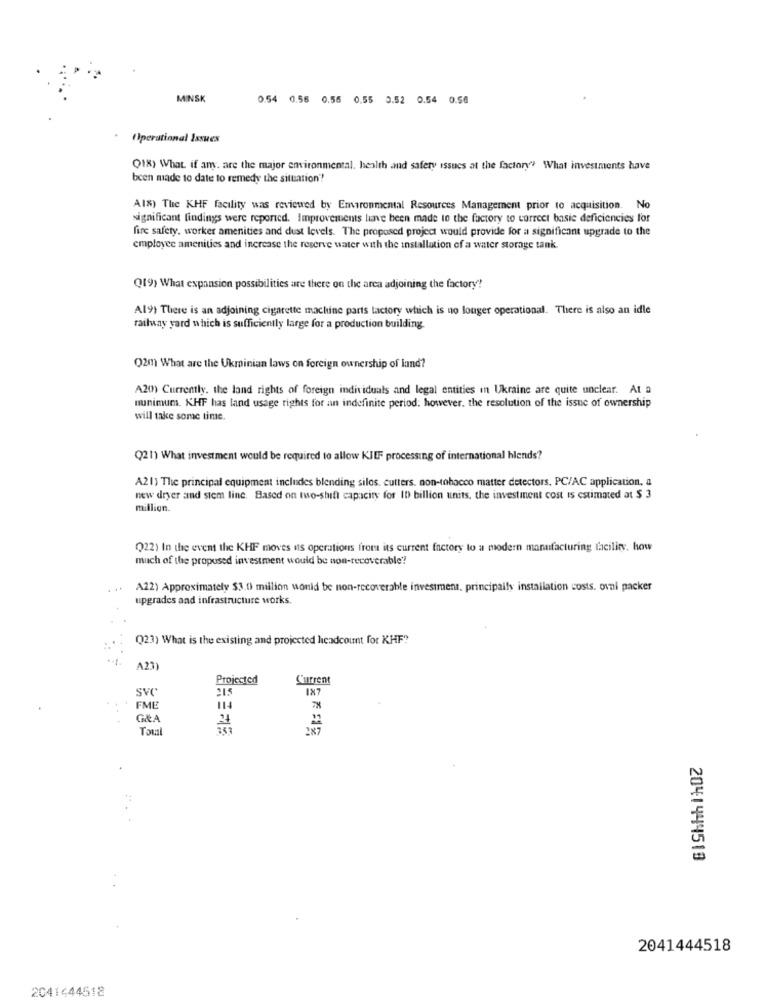
MINSK
0.54 0.56 0.55 0.55 0.52 0.54 0.56
Operational Issues
Q18) What if any, are the major environmental, health and safety issues at the factory"? What investments have
been made to date to remedy the situation"?
Als) The KHF facility was reviewed by Emaronmental Resources Management prior to acquisition. No
significant findings were reported. Improvements have been made to the factory to correct basic deficiencies for
fire safety, worker amenities and dust levels. The proposed project would provide for a significant upgrade to the
employee amenities and increase the reserve water with the installation of a water storage tank
Q(9) What expansion possibilities are there on the area adjoining the factory?
Al9) There is an adjoining cigarette machine parts lactory which is no longer operational. There is also an idle
railway yard which is sufficiently large for a production building.
Q2m) What are the Ukrainian laws on foreign ownership of land?
A20) Currently. the land rights of foreign individuals and legal entities in Ukraine are quite unclear. At a
nunimum. KHF has land usage rights for an indefinite period; however, the resolution of the issue of ownership
will take some time.
Q21) What investment would be required to allow KJIF processing of international hlends?
A21) The principal equipment includes blending silos. cutters. non-tobacco matter detectors, PC/AC application, a
new dryer and stem line. Based on two-shift capacity for ID billion units, the investment cost is estimated at $ 3
million.
Q22) In the event the KHF moves us operations from its current factory to a modern manufacturing facility. how
much of the proposed investment would be non-recoverable?
...
A22) Approximately $3.0 million would be non-recoverable investment, principally installation costs. ovni packer
upgrades and infrastructure works.
Q23) What is the existing and projected headcount for KHF ??
A23
Projected
Current
SVC
215
IX7
FME
114
G&A
ToLa
2041444519
2041444518
2041444518